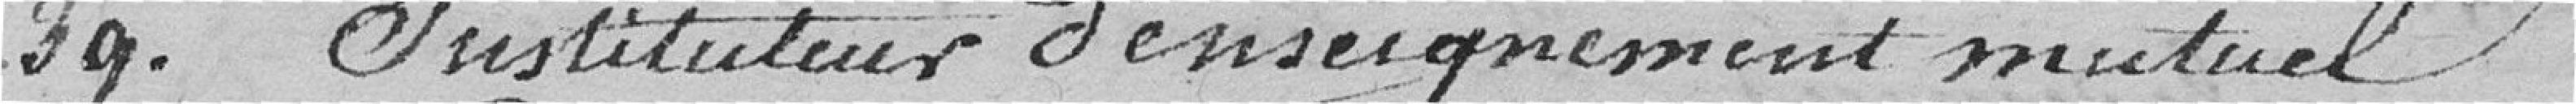
Instituteur d'enseignement mutuel